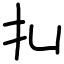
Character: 㧄